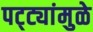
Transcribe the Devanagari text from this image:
पट्ट्यांमुळे